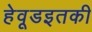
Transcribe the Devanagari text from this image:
हेवूडइतकी